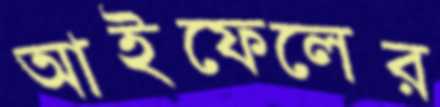
আইফেলের